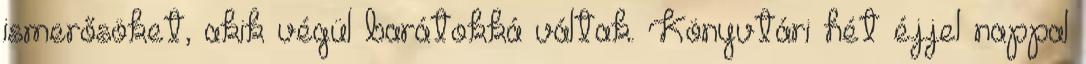
ismerősöket, akik végül barátokká váltak. Könyvtári hét éjjel nappal